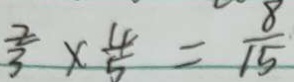
\frac { 2 } { 3 } \times \frac { 4 } { 5 } = \frac { 8 } { 1 5 }